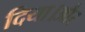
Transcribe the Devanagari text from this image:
दिया।और